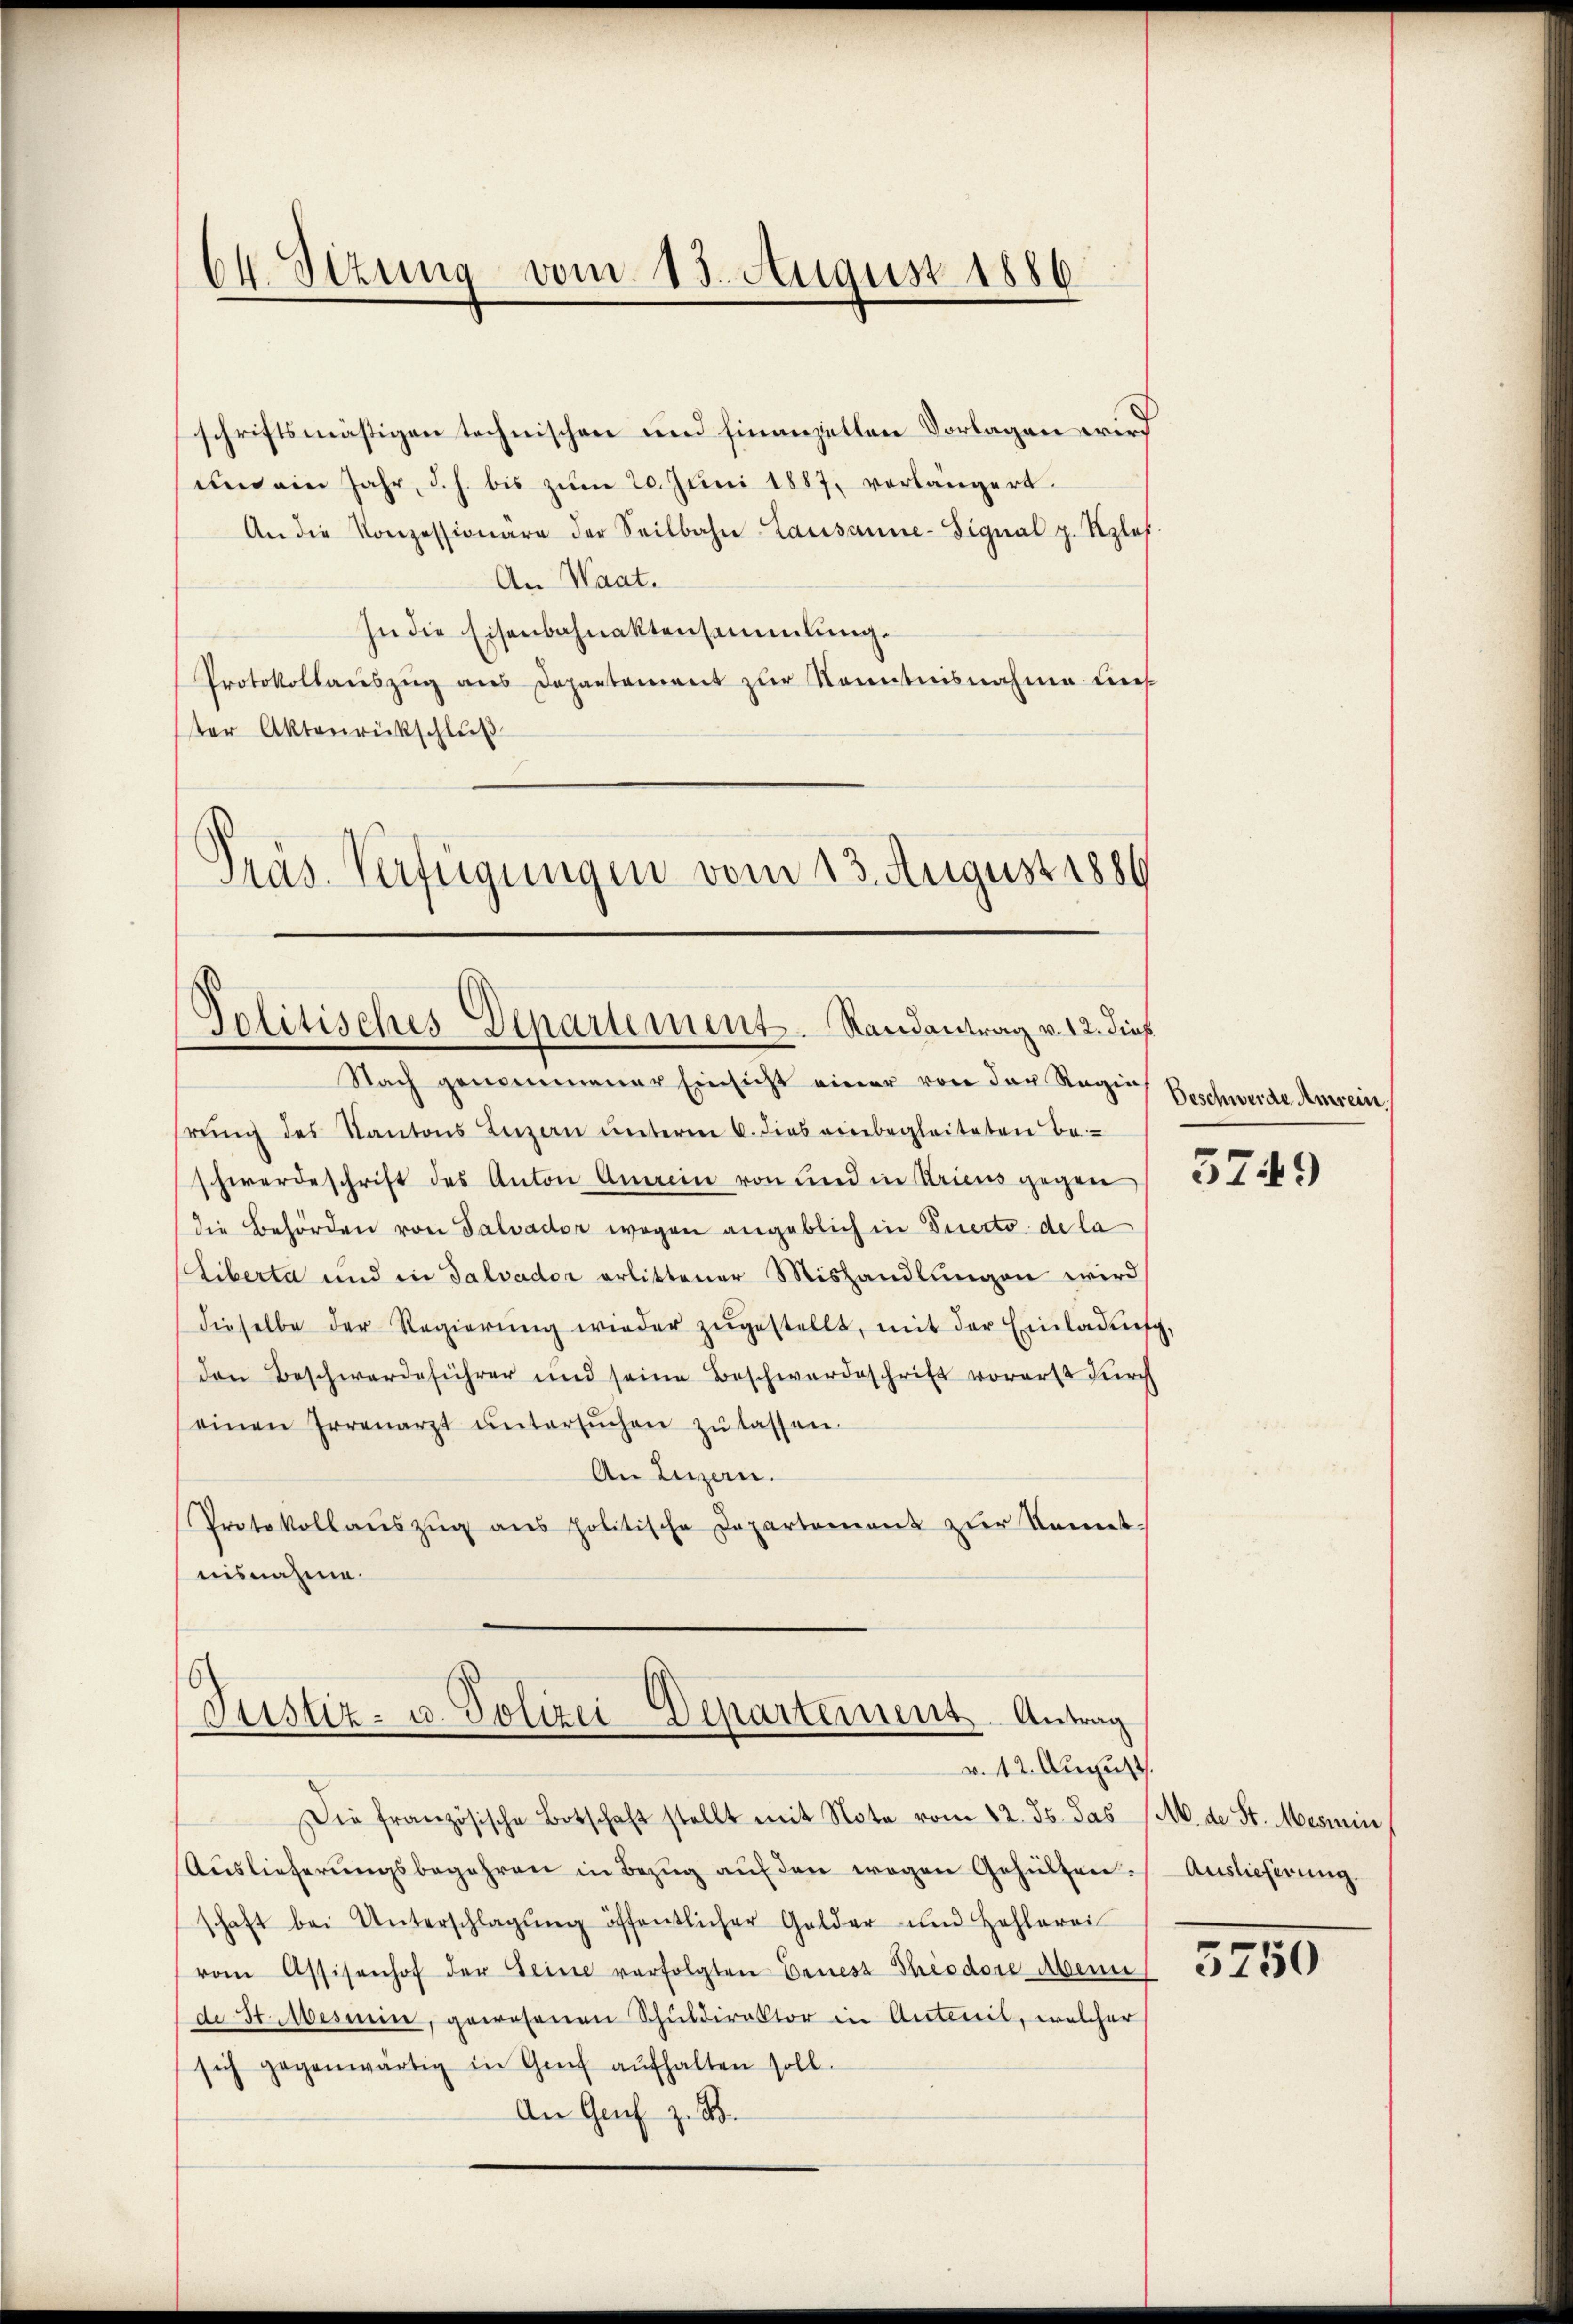
64 Sizung vom 15. August 1886

schriftsmäßigen technischen und hinanzellen Vorlagen wird
und ain Jahr, d. h. bis zŭm 20. Jŭni 1887, verlängert.
An die Konzessionäre der Seilbahn Lausanne-Signal p. Szlef.
An Waat.
In die Eisenbahnaktensammlung.
Protokollauszug aus Departement zur Kenntnisnahme uns
ter Aktenrückschluß
Präs. Verfügungen vom 13. Augustis

Politisches Departement. Randantrag v. 12. dieß

Nach genommener Einsicht einer von der Regia
rung des Kantons Luzern unterm 6. dies einbegleiteten Be-
schwerdeschrift des Anton Amein von und in Kricus gegen
die Behörden von Salvader wegen angeblich in Duerto de la
Liberta und in Salvador erlittener Mishandlungen wird
dieselbe der Regierŭng wieder zŭgestellt, mit der Einladung,
den Beschwerdeführer und seine Beschwerdeschrift vorerst durch
einen Irrenarzt ŭntersŭchen zŭ lassen.
An Luzern.
Protokollaŭszŭg ans politische Departement zur Kennt-
nisnahme.

Justiz- u. Polizei-Departement. Antrag
v. 12. August

s
Die französische Botschaft stellt mit Note vom 12. ds. das
Aŭslieferŭngsbegehren in Bezŭg aŭf den wegen Gehülten.
schaft bei Unterschlagŭng öffentlicher Gelder und Hohlerei
vom Assisenhof der Seine verfolgten Ernes Theodore Aben
de St. Messin, gewesenen Schuldirektor in Anteil, welcher
sich gegenwärtig in Genf aŭfhalten soll.
An Genf z. B.

Beschwerde Anrein

5749

Ab. der St. Messin,
Auslieferung.

3750